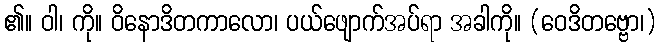
၏။ ဝါ၊ ကို။ ဝိနောဒိတကာလော၊ ပယ်ဖျောက်အပ်ရာ အခါကို။ (ဝေဒိတဗ္ဗော၊)